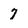
Character: 7